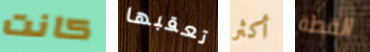
كانت تعقبها أكثر القطة